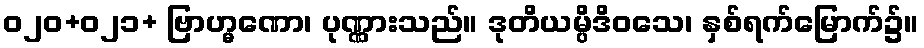
ဝ၂၀+ဝ၂၁+ ဗြာဟ္မဏော၊ ပုဏ္ဏားသည်။ ဒုတိယမ္ပိဒိဝသေ၊ နှစ်ရက်မြောက်၌။